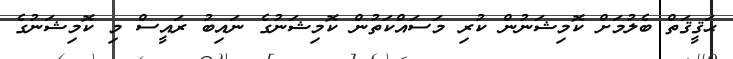
ޙަޤީޤަތް ބެލުމަށް ކޮމިޝަނުން ކުރި މަސައްކަތުން ކޮމިޝަނުގެ ނައިބު ރައީސް މި ކޮމިޝަނުގެ